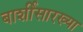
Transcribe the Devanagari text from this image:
बार्शीसारख्या